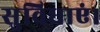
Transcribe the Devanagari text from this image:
सुविधाएं।